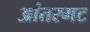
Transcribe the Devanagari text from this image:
आंतरगट